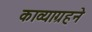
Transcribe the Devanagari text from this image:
काव्याग्रहने